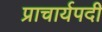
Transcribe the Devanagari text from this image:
प्राचार्यपदी